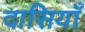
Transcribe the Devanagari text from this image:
दासियाँ